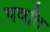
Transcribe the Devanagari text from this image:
पर्वांत